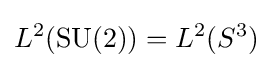
L^{2}(\operatorname {SU} (2))=L^{2}(S^{3})